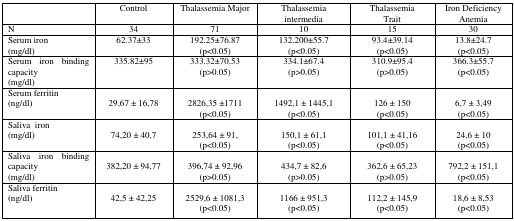
<table><thead><tr><td></td><td><b>Control</b></td><td><b>Thalassemia Major</b></td><td><b>Thalassemia intermedia</b></td><td><b>Thalassemia Trait</b></td><td><b>Iron Deficiency Anemia</b></td></tr></thead><tbody><tr><td>N</td><td>34</td><td>71</td><td>10</td><td>15</td><td>30</td></tr><tr><td>Serum iron (mg/dl)</td><td>62.37±33</td><td>192.25±76.87 (p&lt;0.05)</td><td>132.200±55.7 (p&lt;0.05)</td><td>93.4±39.14 (p&lt;0.05)</td><td>13.8±24.7 (p&lt;0.05)</td></tr><tr><td>Serum iron binding capacity (mg/dl)</td><td>335.82±95</td><td>333.32±70.53 (p&gt;0.05)</td><td>334.1±67.4 (p&gt;0.05)</td><td>310.9±95.4 (p&gt;0.05)</td><td>366.3±55.7 (p&lt;0.05)</td></tr><tr><td>Serum ferritin (ng/dl)</td><td>29,67 ± 16,78</td><td>2826,35 ±1711 (p&lt;0.05)</td><td>1492,1 ± 1445,1 (p&lt;0.05)</td><td>126 ± 150 (p&lt;0.05)</td><td>6,7 ± 3,49 (p&lt;0.05)</td></tr><tr><td>Saliva iron (mg/dl)</td><td>74,20 ± 40,7</td><td>253,64 ± 91, (p&lt;0.05)</td><td>150,1 ± 61,1 (p&lt;0.05)</td><td>101,1 ± 41,16 (p&lt;0.05)</td><td>24,6 ± 10 (p&lt;0.05)</td></tr><tr><td>Saliva iron binding capacity (mg/dl)</td><td>382,20 ± 94,77</td><td>396,74 ± 92,96 (p&gt;0.05)</td><td>434,7 ± 82,6 (p&gt;0.05)</td><td>362,6 ± 65,23 (p&gt;0.05)</td><td>792,2 ± 151,1 (p&lt;0.05)</td></tr><tr><td>Saliva ferritin (ng/dl)</td><td>42,5 ± 42,25</td><td>2529,6 ± 1081,3 (p&lt;0.05)</td><td>1166 ± 951,3 (p&lt;0.05)</td><td>112,2 ± 145,9 (p&lt;0.05)</td><td>18,6 ± 8,53 (p&lt;0.05)</td></tr></tbody></table>